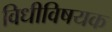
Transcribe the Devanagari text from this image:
विधीविषयक